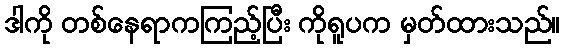
ဒါကို တစ်နေရာကကြည့်ပြီး ကိုရူပက မှတ်ထားသည်။